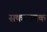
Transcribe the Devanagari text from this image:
सकारामक